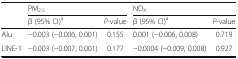
<table><thead><tr><td rowspan="2"></td><td colspan="2"><b>PM<sub>2.5</sub></b></td><td colspan="2"><b>NO<sub>X</sub></b></td></tr><tr><td><b>β (95% CI)<sup>a</sup></b></td><td><b><i>P</i>-value</b></td><td><b>β (95% CI)<sup>a</sup></b></td><td><b><i>P</i>-value</b></td></tr></thead><tbody><tr><td>Alu</td><td>−0.003 (−0.006, 0.001)</td><td>0.155</td><td>0.001 (−0.006, 0.008)</td><td>0.719</td></tr><tr><td>LINE-1</td><td>−0.003 (−0.007, 0.001)</td><td>0.177</td><td>−0.0004 (−0.009, 0.008)</td><td>0.927</td></tr></tbody></table>